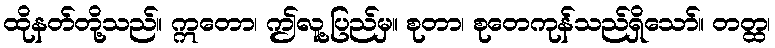
ထိုနတ်တို့သည်။ ဣတော၊ ဤလူ့ပြည်မှ။ စုတာ၊ စုတေကုန်သည်ရှိသော်။ တတ္ထ၊